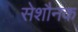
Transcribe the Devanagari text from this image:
सेशौनक